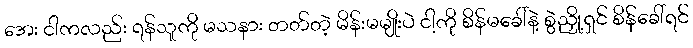
အေး ငါကလည်း ရန်သူကို မသနား တတ်တဲ့ မိန်းမမျိုးပဲ ငါ့ကို စိန်မခေါ်နဲ့ စွဲညှို့ရှင် စိန်ခေါ်ရင်